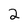
Character: 2